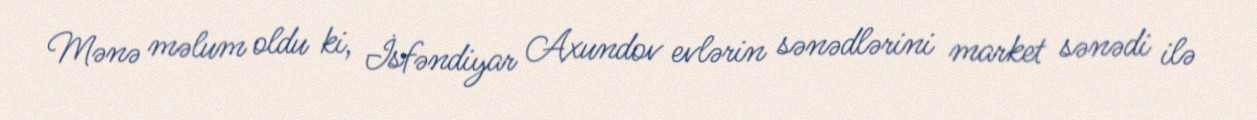
Mənə məlum oldu ki, İsfəndiyar Axundov evlərin sənədlərini market sənədi ilə